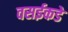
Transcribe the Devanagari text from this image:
वसईकडे